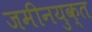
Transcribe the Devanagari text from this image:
जमीनयुक्त